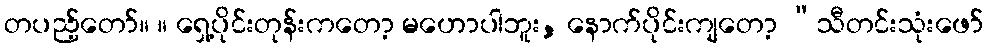
တပည့်တော်။ ။ ရှေ့ပိုင်းတုန်းကတော့ မဟောပါဘူး, နောက်ပိုင်းကျတော့ “သီတင်းသုံးဖော်